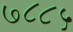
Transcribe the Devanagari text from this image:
७८८५